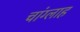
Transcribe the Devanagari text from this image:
चांग्लाह